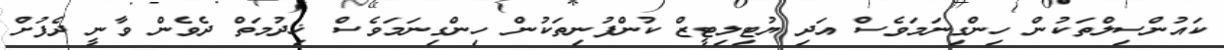
ކައުންސިލްތަކުން ހިންގިނަމަވެސް އަދި ޔުޓިލިޓީޒް ކުންފުނިތަކުން ހިންގިނަމަވެސް ޚިދުމަތް ދެވެން ވާނީ ދެފުށް